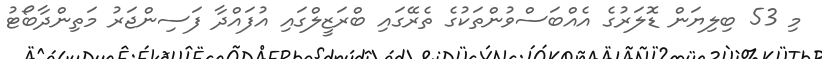
މި 53 ބިލިޔަން ޑޮލަރުގެ އެއްބަސްވުންތަކުގެ ތެރޭގައި ބްރަޒީލްގައި އުފައްދާ ފަސިންޖަރު މަތިންދާބޯޓު